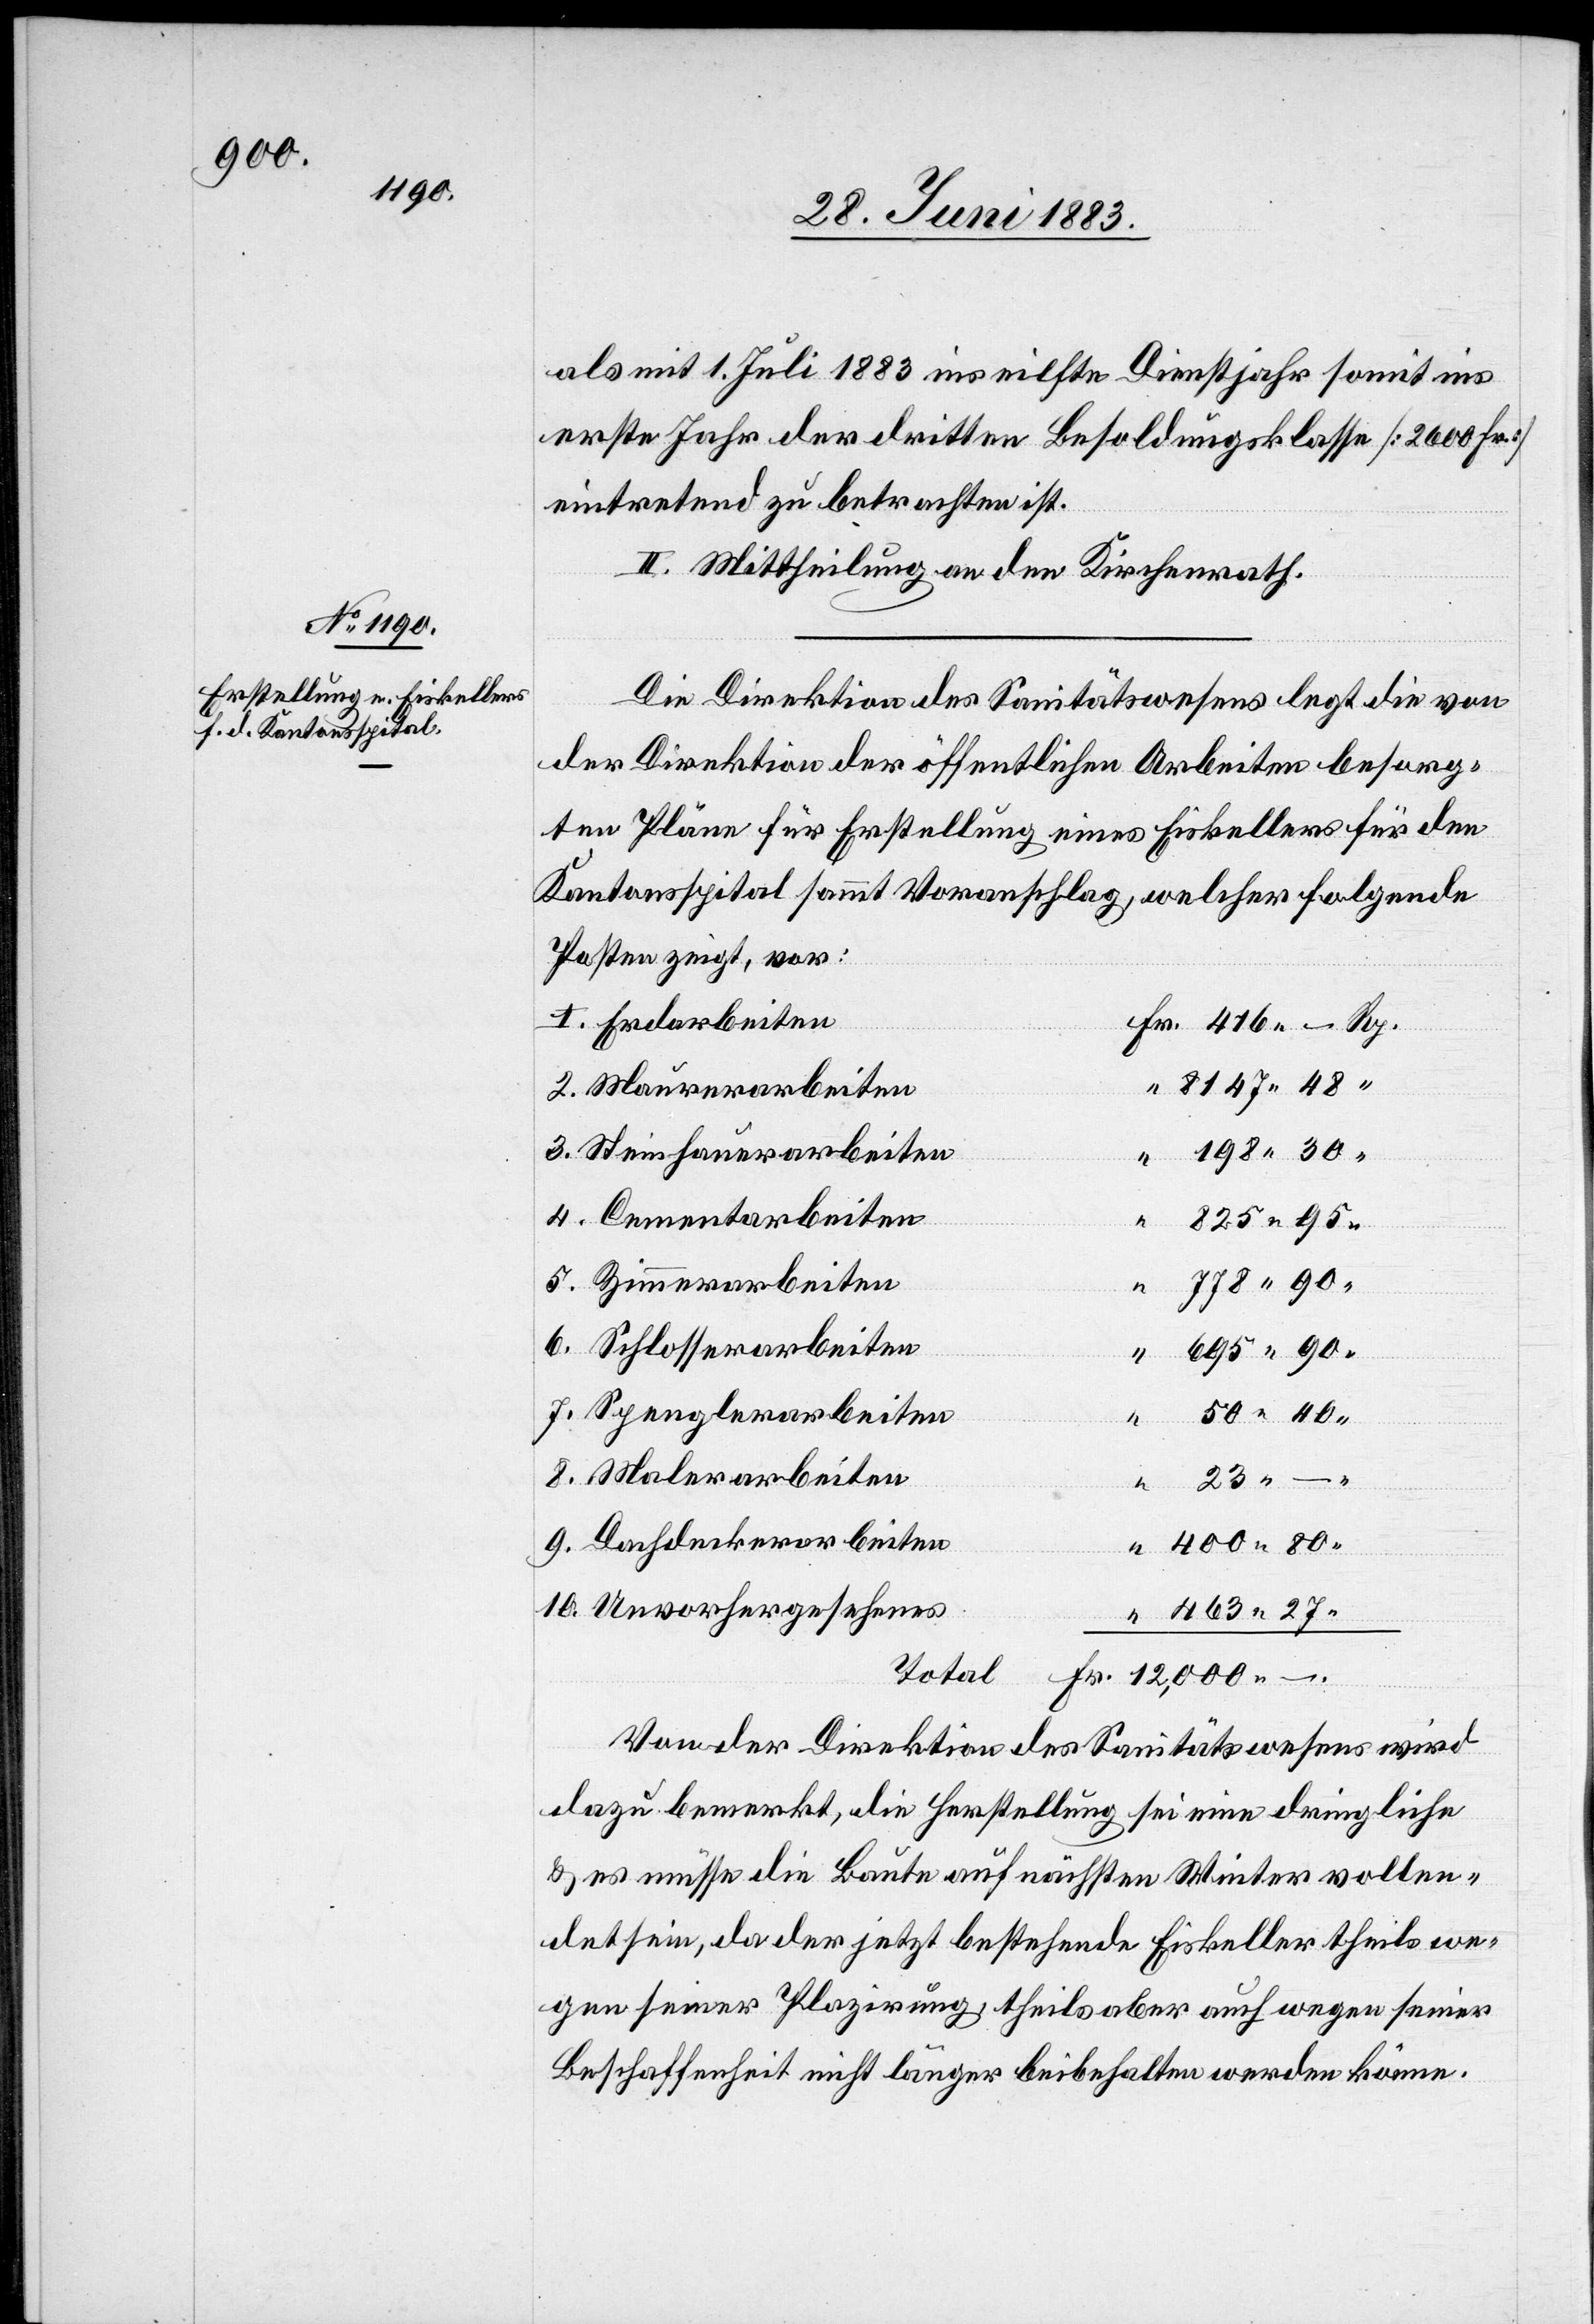
400

als mit 1. Juli 1883 ins eilfte Dienstjahr somit ins
erste Jahr der dritten Besoldungsklasse [2600 Fr.]
eintretend zu betrachten ist.
II. Mittheilung an den Kirchenrath.
Die Direktion des Sanitätswesens legt die von
der Direktion der öffentlichen Arbeiten besorg¬
ten Pläne für Erstellung eines Eiskellers für den
Kantonsspital sammt Voranschlag, welcher folgende
Posten zeigt, vor:
Steinhauerarbeiten
Cementarbeiten
80
10.
Schlosserarbeiten
Fr.
Spenglerarbeiten
463
–
Unvorhergesehenes
Total
Von der Direktion des Sanitätswesens wird
dazu bemerkt, die Herstellung sei eine dringliche
& es müsse die Baute auf nächsten Winter vollen¬
det sein, da der jetzt bestehende Eiskeller theils we¬
gen seiner Plazirung, theils aber auch wegen seiner
Beschaffenheit nicht länger beibehalten werden könne.